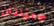
جميلتان